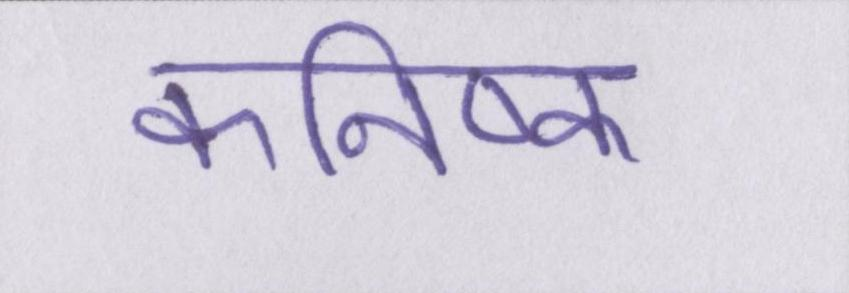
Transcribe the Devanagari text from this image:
कनिष्क